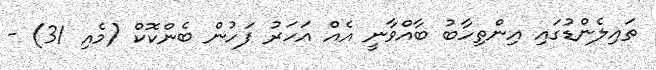
ތައިލެންޑުގައި އިންތިހާބު ބާއްވާނީ އެއް އަހަރު ފަހުން ބެންކޮކް (މެއި 31) -